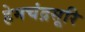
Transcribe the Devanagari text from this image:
हेमचंद्रसूरि